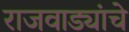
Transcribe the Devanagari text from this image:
राजवाड्यांचे